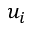
u _ { i }